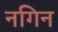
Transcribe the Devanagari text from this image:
नगिन